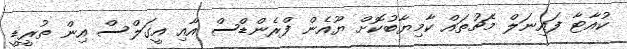
ކުއާޓާ ފައިނަލް މެޗުތައް ކާމިޔާބުކޮށް ޔޫއެން ފްރެންޑްސް އާއި އީގަލްސް އިން ތުރީޑީ